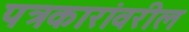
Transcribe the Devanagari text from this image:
पत्रकारांवरील